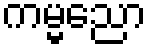
ကမ္မညော